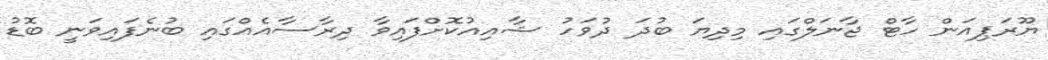
ޔޫރަޕިއަން ހާޓް ޖާނަލްގައި މިދިޔަ ބުދަ ދުވަހު ޝާއިއުކޮށްފައިވާ ދިރާސާއެއްގައި ބުނެފައިވަނީ ބޮޑު